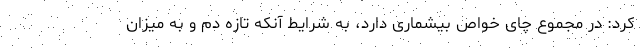
کرد: در مجموع چای خواص بیشماری دارد، به شرایط آنکه تازه دم و به میزان